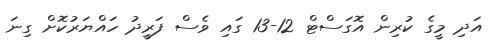
އަދި މީގެ ކުރިން އޮގަސްޓް 12-13 ގައި ވެސް ފަރީދު ހައްޔަރުކޮށް ގިނަ